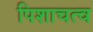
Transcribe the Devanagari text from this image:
पिशाचत्व